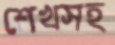
শেখসহ